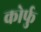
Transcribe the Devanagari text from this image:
कोर्फु